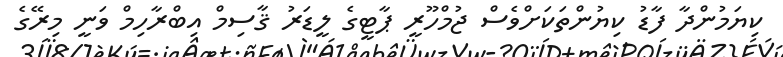
ކިޔަމުންދާ ފާޑު ކިޔުންތަކަށްވެސް ޖުމްހޫރީ ޕާޓީގެ ލީޑަރު ޤާސިމް އިބްރާހިމް ވަނީ މިރޭގެ